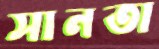
সানতা